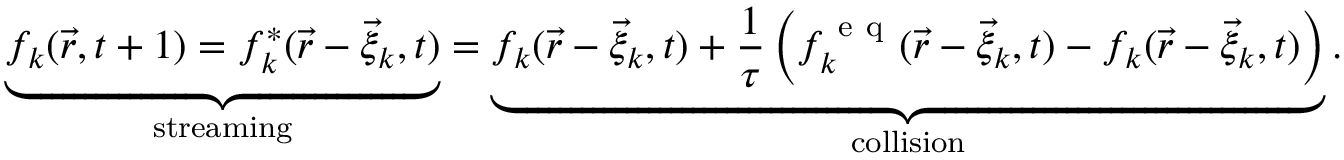
\underbrace { f _ { k } ( \vec { r } , t + 1 ) = f _ { k } ^ { * } ( \vec { r } - \vec { \xi } _ { k } , t ) } _ { \mathrm { s t r e a m i n g } } = \underbrace { f _ { k } ( \vec { r } - \vec { \xi } _ { k } , t ) + \frac { 1 } { \tau } \left( f _ { k } ^ { \mathrm { ~ e ~ q ~ } } ( \vec { r } - \vec { \xi } _ { k } , t ) - f _ { k } ( \vec { r } - \vec { \xi } _ { k } , t ) \right) } _ { \mathrm { c o l l i s i o n } } .